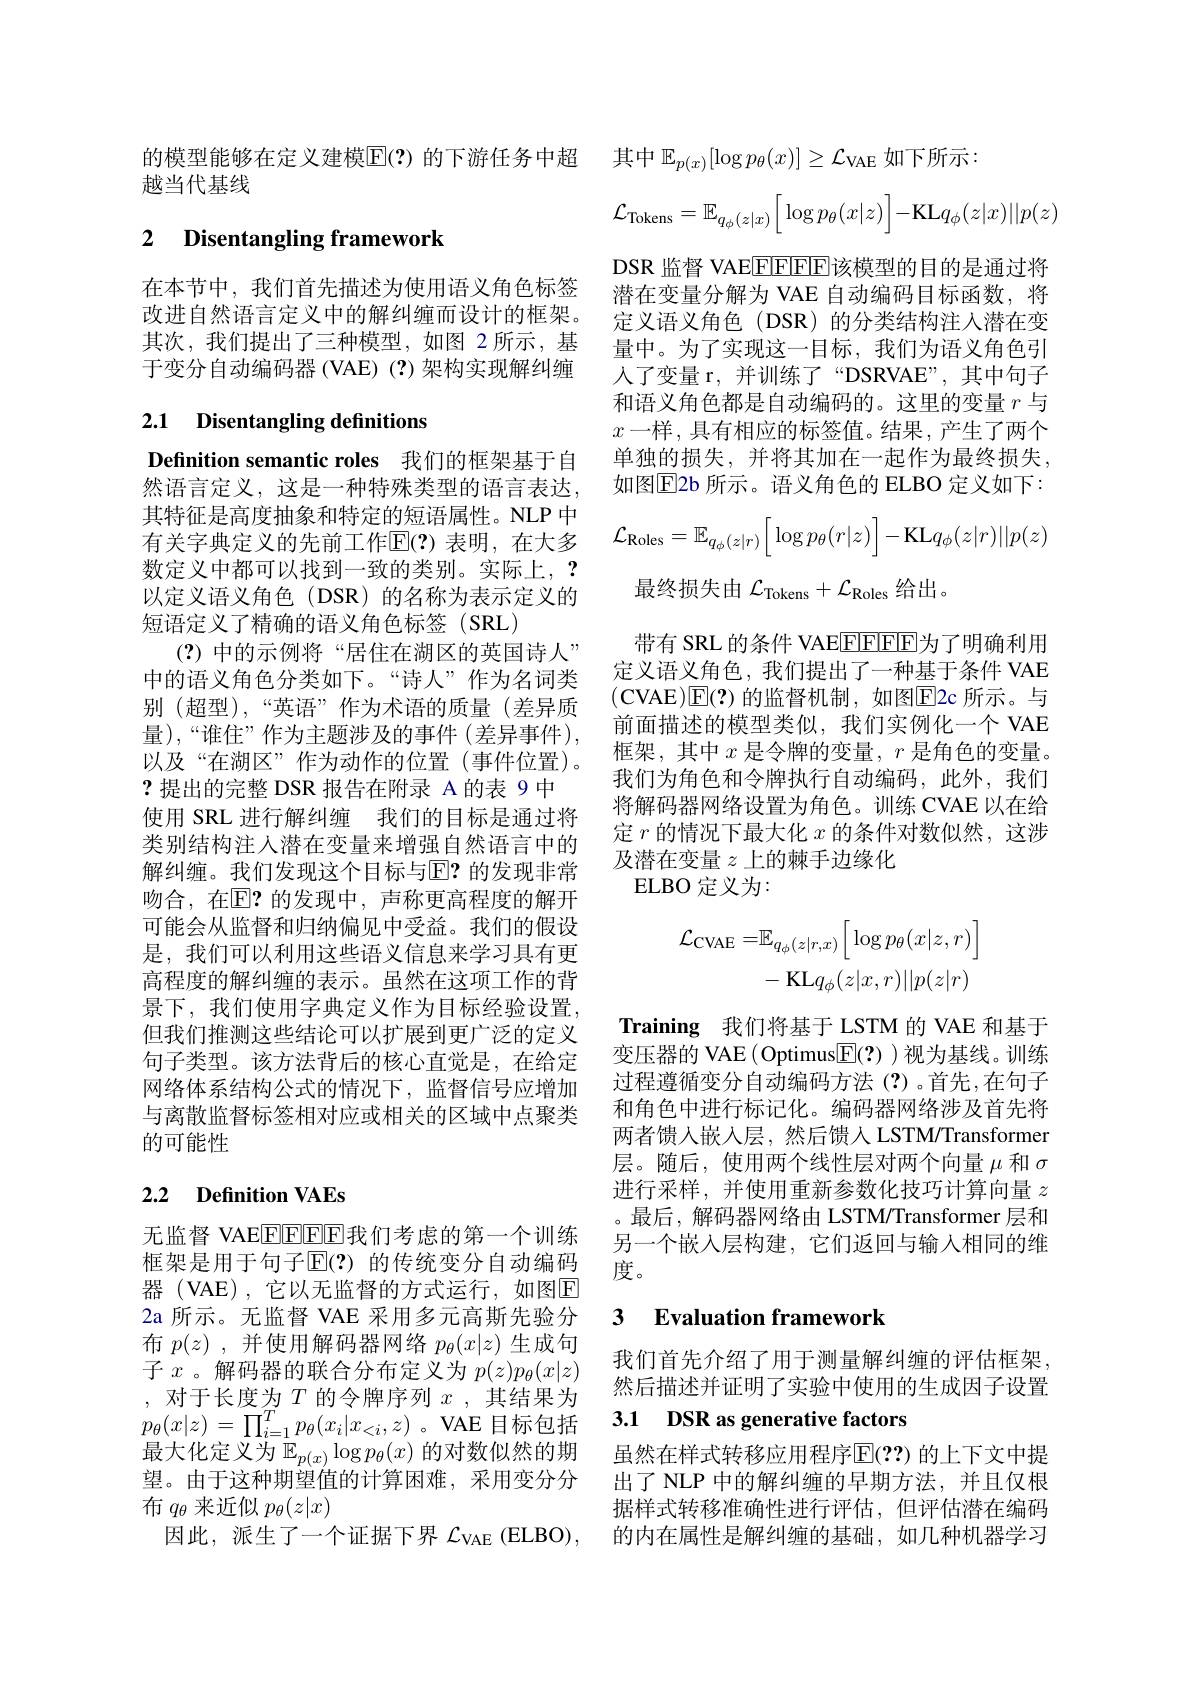
越当代基线

# 2 Disentangling framework

在本节中，我们首先描述为使用语义角色标签 潜在变量分解为 VAE 自动编码目标函数，将改进自然语言定义中的解纠缠而设计的框架。定义语义角色 (DSR) 的分类结构注入潜在变其次，我们提出了三种模型，如图 2所示，基 量中。为了实现这一目标，我们为语义角色引于变分自动编码器(VAE)(?)架构实现解纠缠

2.1 Disentangling definitions

Definition semantic roles 我们的框架基于自然语言定义，这是一种特殊类型的语言表达， 其特征是高度抽象和特定的短语属性。NLP 中有关字典定义的先前工作$\mathbb{E}(?)$ 表明，在大多数定义中都可以找到一致的类别。实际上，? 以定义语义角色(DSR)的名称为表示定义的短语定义了精确的语义角色标签(SRL)
(?)中的示例将“居住在湖区的英国诗人” 中的语义角色分类如下。“诗人”作为名词类别 (超型),“英语”作为术语的质量(差异质量),“谁住”作为主题涉及的事件(差异事件), 以及“在湖区”作为动作的位置(事件位置)。?提出的完整 DSR 报告在附录 A 的表 9 中使用 SRL 进行解纠缠 我们的目标是通过将类别结构注人潜在变量来增强自然语言中的解纠缠。我们发现这个目标与$\mathbb{E}?$ 的发现非常吻合，在$\overline{\mathrm{E}}$?的发现中，声称更高程度的解开可能会从监督和归纳偏见中受益。我们的假设是，我们可以利用这些语义信息来学习具有更高程度的解纠缠的表示。虽然在这项工作的背景下，我们使用字典定义作为目标经验设置但我们推测这些结论可以扩展到更广泛的定义句子类型。该方法背后的核心直觉是，在给定网络体系结构公式的情况下，监督信号应增加与离散监督标签相对应或相关的区域中点聚类的可能性

## 2.2 Definition VAEs

无监督 VAEEEEEE我们考虑的第一个训练框架是用于句子$\mathbb{E}(?)$ 的传统变分自动编码器 (VAE), 它以无监督的方式运行，如图$\overline{\mathrm{E}}$ 2a 所示。无监督 VAE 采用多元高斯先验分布$p(z)$,并使用解码器网络$p_\theta(x|z)$生成句子$x$。解码器的联合分布定义为$p(z)p_\theta(x|z)$ ,对于长度为$T$的令牌序列$x$,其结果为$p_{\theta}(x|z)=\prod_{i=1}^{T}p_{\theta}(x_{i}|x_{<i},z)$ 。VAE 目标包括最大化定义为$\mathbb{E}_{p(x)}\log p_\theta(x)$ 的对数似然的期望。由于这种期望值的计算困难，采用变分分布$q_\theta$来近似$p_\theta(z|x)$
因此，派生了一个证据下界$\mathcal{L}_\mathrm{VAE}$ (ELBO),

的模型能够在定义建模$\mathbb{E}($?)的下游任务中超 其中$\mathbb{E}_p(x)[\log p_\theta(x)]\geq\mathcal{L}_{\mathrm{VAE}}$如下所示：
$$\mathcal{L}_{\text{Tokens}}=\mathbb{E}_{q_\phi(z|x)}\Big[\log p_\theta(x|z)\Big]-\text{KL}q_\phi(z|x)||p(z)$$
DSR 监督 VAEEFFFE该模型的目的是通过将人了变量 r, 并训练了“DSRVAE”,其中句子和语义角色都是自动编码的。这里的变量$r$与$x$一样，具有相应的标签值。结果，产生了两个单独的损失，并将其加在一起作为最终损失， 如图$\boxed{\mathrm{E}}2$b 所示。语义角色的 ELBO 定义如下：
$$\mathcal{L}_{\text{Roles}}=\mathbb{E}_{q_\phi(z|r)}\Big[\log p_\theta(r|z)\Big]-\text{KL}q_\phi(z|r)||p(z)$$
最终损失由$\mathcal{L}_\mathrm{Tokens}+\mathcal{L}_\mathrm{Roles}$给出。
带有 SRL 的条件 VAEEFFFF为了明确利用定义语义角色，我们提出了一种基于条件 VAE (CVAE)$\overline{\mathrm{E}}(?)$ 的监督机制，如图$\overline{\mathrm{E}}$2c 所示。与前面描述的模型类似，我们实例化一个 VAE 框架，其中$x$是令牌的变量，$r$是角色的变量。我们为角色和令牌执行自动编码，此外，我们将解码器网络设置为角色。训练 CVAE 以在给定$r$的情况下最大化$x$的条件对数似然，这涉及潜在变量$z$上的棘手边缘化
ELBO 定义为：
$$\begin{aligned}\mathcal{L}_{\mathrm{CVAE}}=&\mathbb{E}_{q_{\phi}(z|r,x)}\Big[\log p_{\theta}(x|z,r)\Big]\\&-\:\mathrm{KL}q_{\phi}(z|x,r)||p(z|r)\end{aligned}$$
Training 我们将基于 LSTM 的 VAE 和基于变压器的 VAE (Optimus$\boxed{\mathrm{F}}(?))$视为基线。训练过程遵循变分自动编码方法(?)。首先，在句子和角色中进行标记化。编码器网络涉及首先将两者馈入嵌入层，然后馈入 LSTM/Transformer 层。随后，使用两个线性层对两个向量$\mu$和$\sigma$ 进行采样，并使用重新参数化技巧计算向量$z$ 。最后，解码器网络由 LSTM/Transformer 层和另一个嵌入层构建，它们返回与输入相同的维度。

## 3 Evaluation framework

我们首先介绍了用于测量解纠缠的评估框架， 然后描述并证明了实验中使用的生成因子设置

## 3.1 DSR as generative factors

虽然在样式转移应用程序$\overline{\mathrm{E}}(??)$ 的上下文中提出了 NLP 中的解纠缠的早期方法，并且仅根据样式转移准确性进行评估，但评估潜在编码的内在属性是解纠缠的基础，如几种机器学习